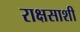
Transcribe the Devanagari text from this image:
राक्षसाशी